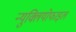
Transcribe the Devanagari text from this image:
न्युक्लियोफाइल